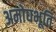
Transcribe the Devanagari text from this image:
अमोघभूति